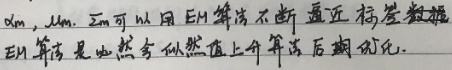
dm，mm，zm可以用EM算法不断逼近标签数据。
EM算法是由似然函数值上升算法后得到的。